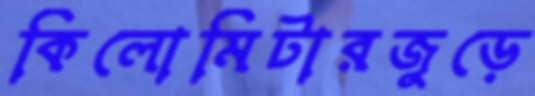
কিলোমিটারজুড়ে